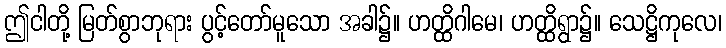
ဤငါတို့ မြတ်စွာဘုရား ပွင့်တော်မူသော အခါ၌။ ဟတ္ထိဂါမေ၊ ဟတ္ထိရွာ၌။ သေဋ္ဌိကုလေ၊